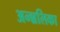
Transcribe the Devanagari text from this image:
अन्न्नलिका